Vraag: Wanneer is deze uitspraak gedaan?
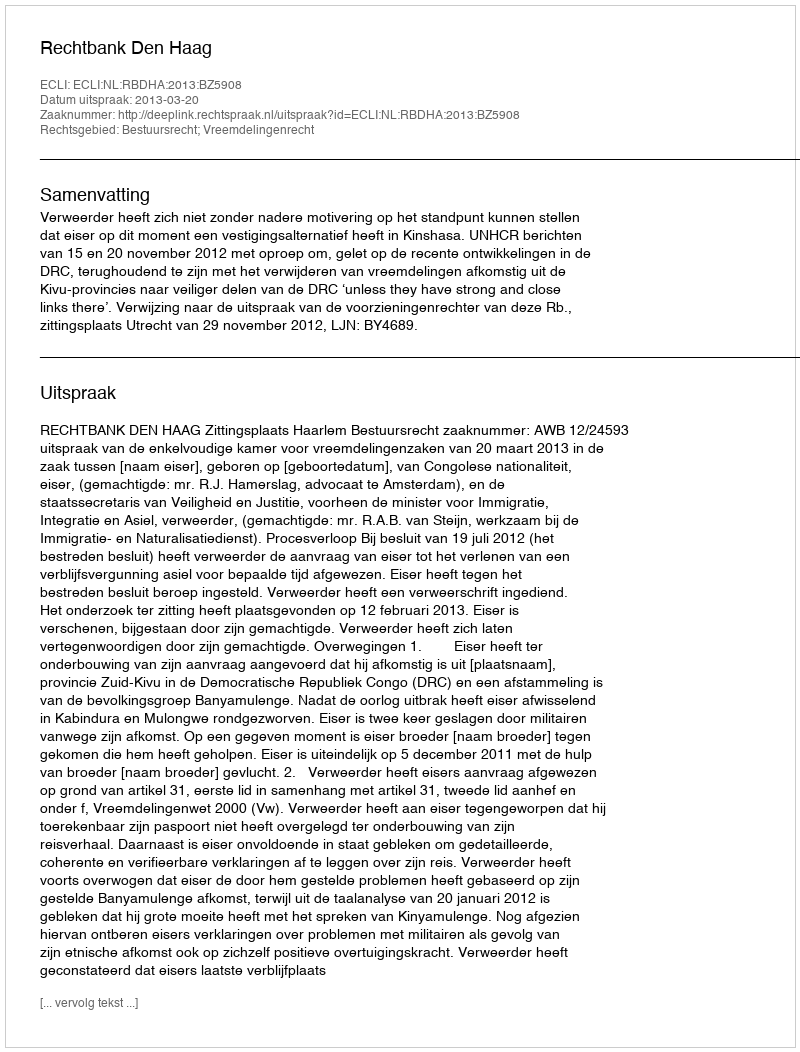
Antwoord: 2013-03-20